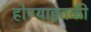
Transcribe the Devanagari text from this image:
होण्याइतकी